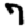
Digit: 7